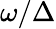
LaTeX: \omega/\Delta